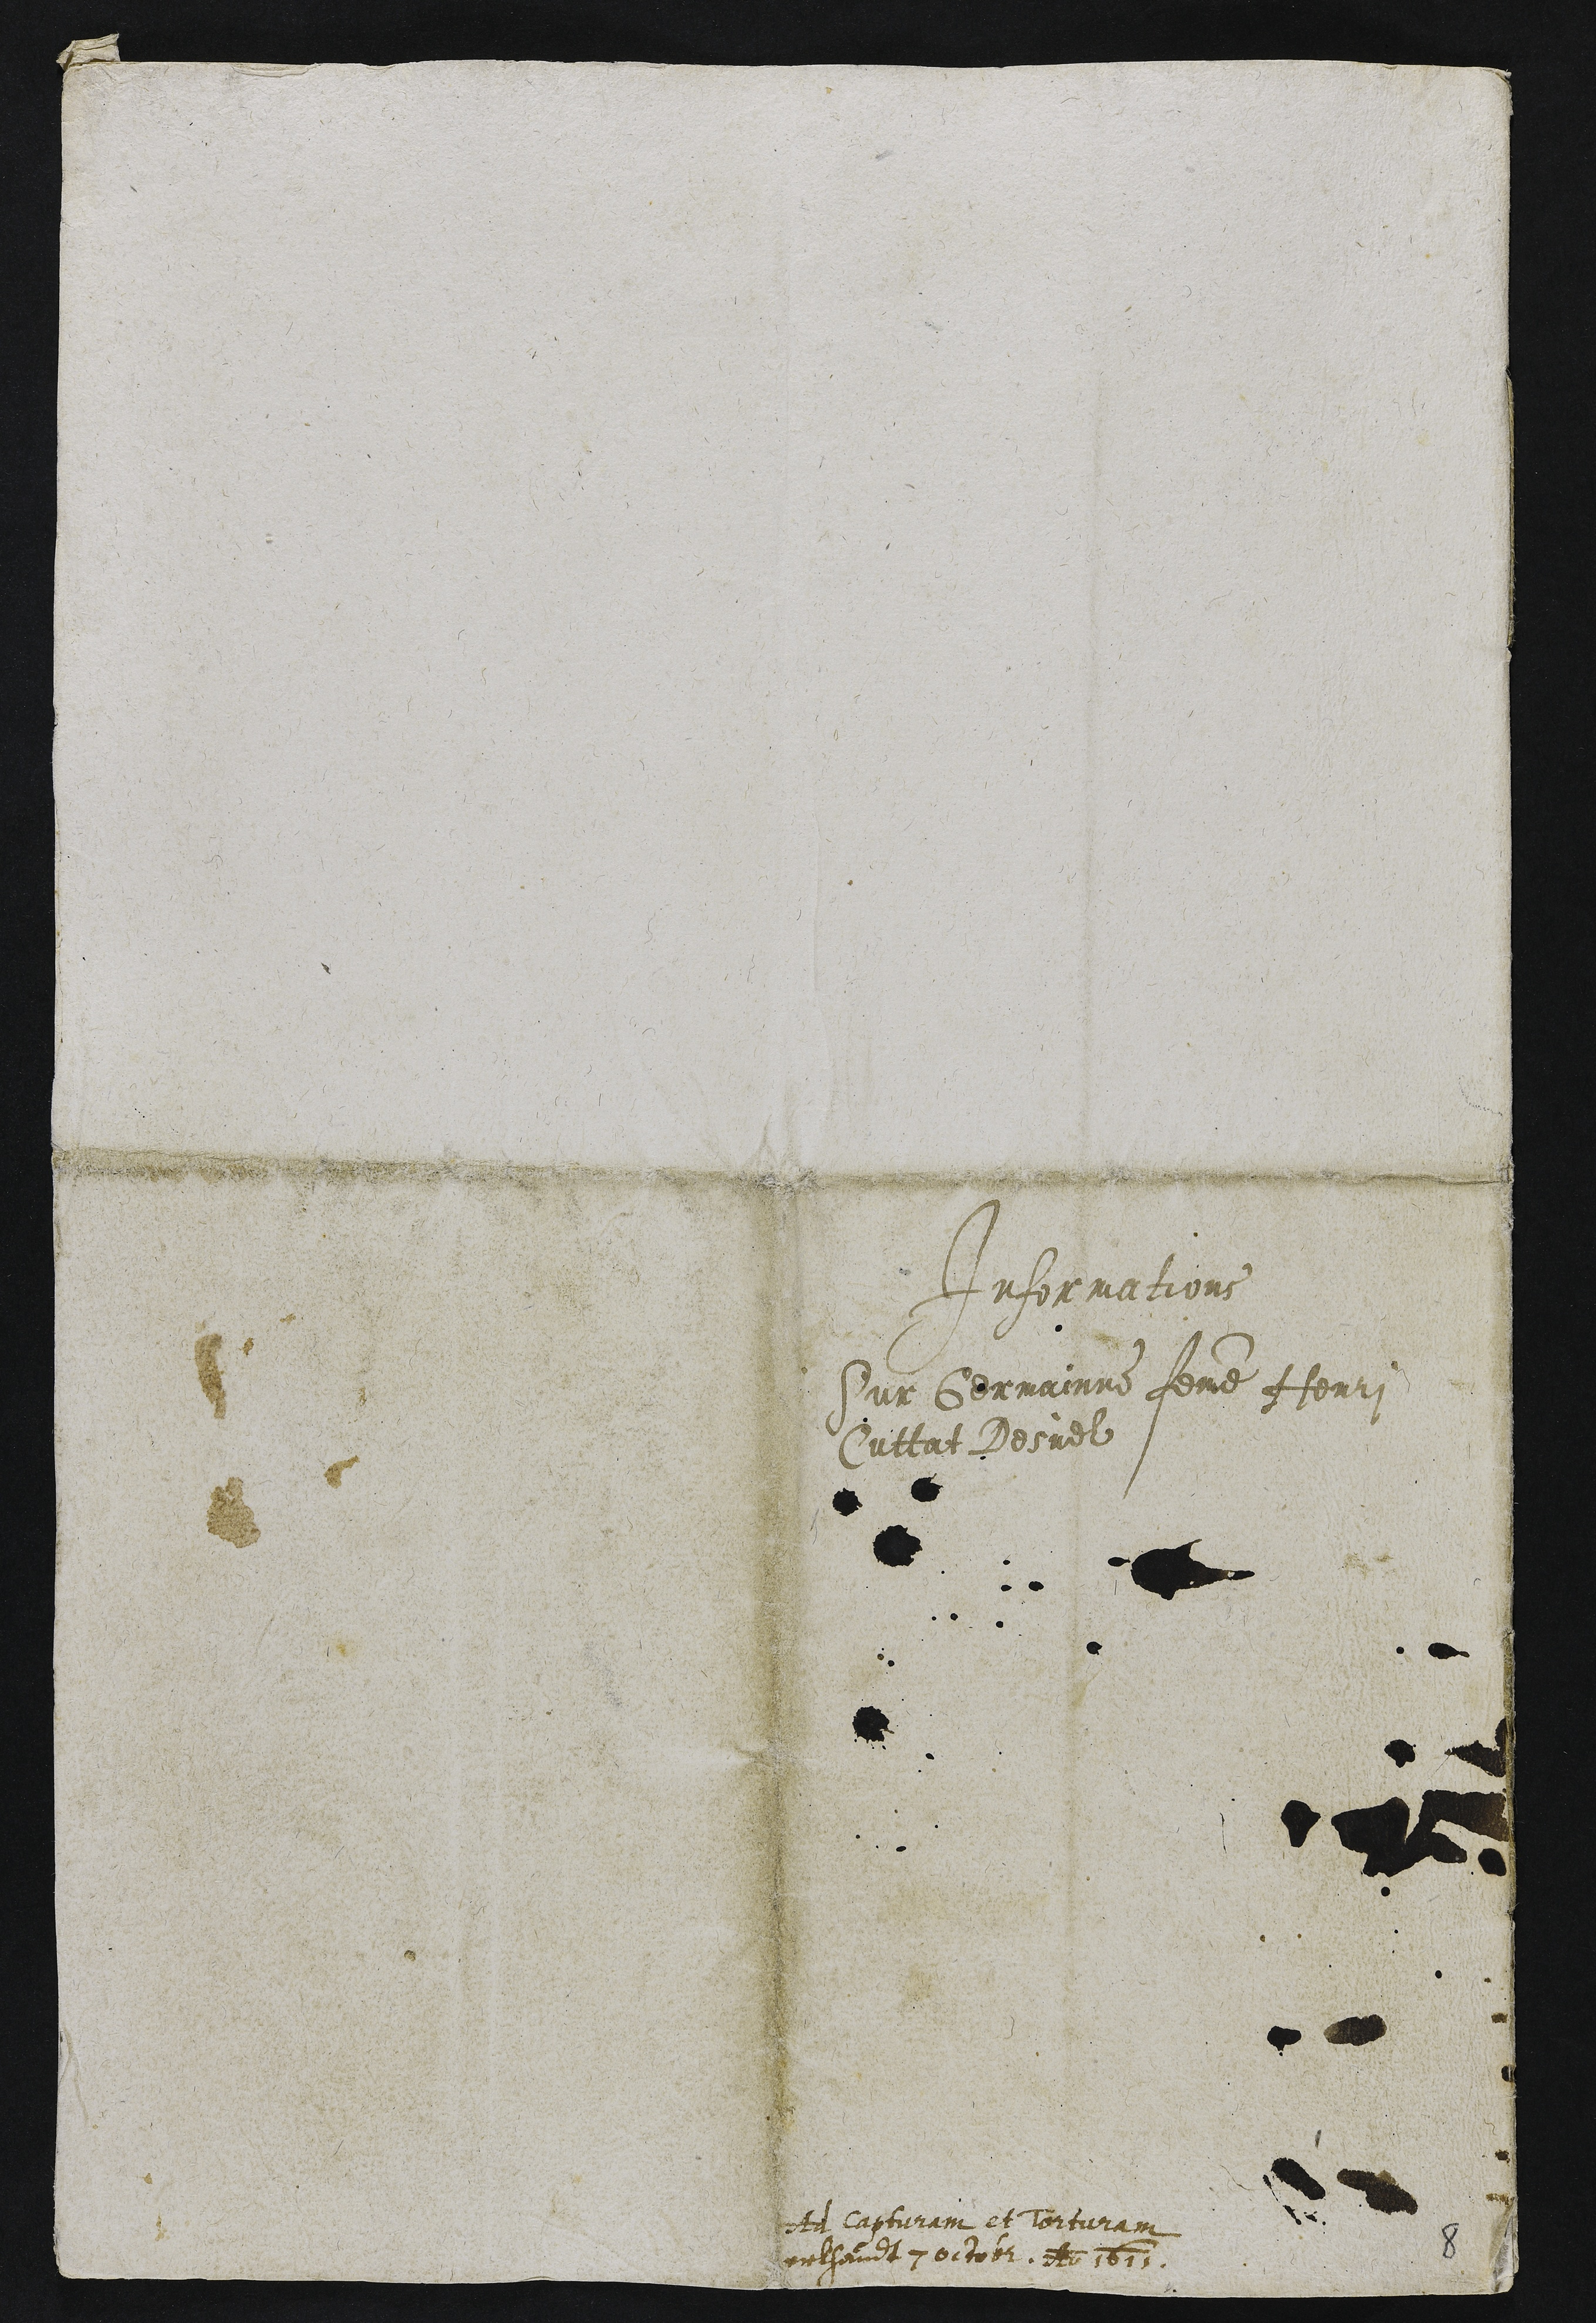
Informations
Sur Germainne femme Henri
Cuttat Desuel

ote capturam et Torturam
enthaunt 7octobr. d 1611.

8